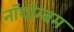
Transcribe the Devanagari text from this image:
नॉथोम्बम